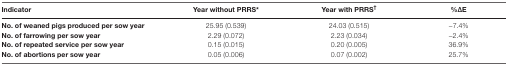
| Indicator | Year without PRRS* | Year with PRRS† | %ΔE |
 | --- | --- | --- | --- |
 | No. of weaned pigs produced per sow year | 25.95 (0.539) | 24.03 (0.515) | −7.4% |
 | No. of farrowing per sow year | 2.29 (0.072) | 2.23 (0.034) | −2.4% |
 | No. of repeated service per sow year | 0.15 (0.015) | 0.20 (0.005) | 36.9% |
 | No. of abortions per sow year | 0.05 (0.006) | 0.07 (0.002) | 25.7% |